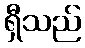
ရှီသည်